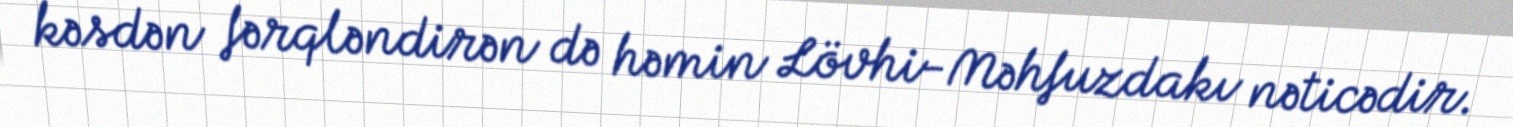
kəsdən fərqləndirən də həmin Lövhi-Məhfuzdakı nəticədir.